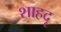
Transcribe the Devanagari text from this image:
शाहदृ